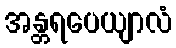
အန္တရပေယျာလံ